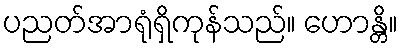
ပညတ်အာရုံရှိကုန်သည်။ ဟောန္တိ။